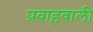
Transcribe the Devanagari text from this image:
प्रवाहवाली